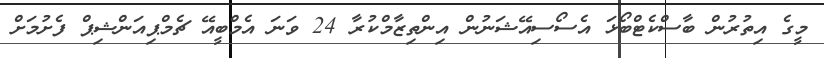
މީގެ އިތުރުން ބާސްކެޓްބޯޅަ އެސޯސިއޭޝަނުން އިންތިޒާމްކުރާ 24 ވަނަ އެމްބީއޭ ޗެމްޕިއަންޝިޕް ފެށުމަށް